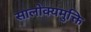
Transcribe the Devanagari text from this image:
सालोक्यमुक्ति